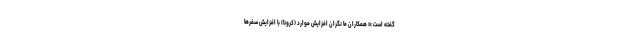
گفته است:« همکاران ما نگران افزایش موارد (کرونا) با افزایش سفرها